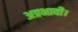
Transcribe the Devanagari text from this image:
अप्रभावी।